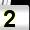
Digit: 2